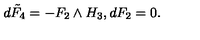
d \tilde { F } _ { 4 } = - F _ { 2 } \wedge H _ { 3 } , d F _ { 2 } = 0 .